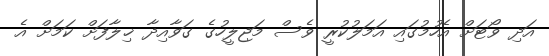
އަދި ވޯޓަށް އެހުމުގައި އަމަލުކުރީ ވެސް މަޖިލީހުގެ ގަވާއިދާ ޚިލާފަށް ކަމަށް އެ